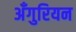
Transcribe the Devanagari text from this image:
अँगुरियन